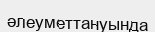
әлеуметтануында